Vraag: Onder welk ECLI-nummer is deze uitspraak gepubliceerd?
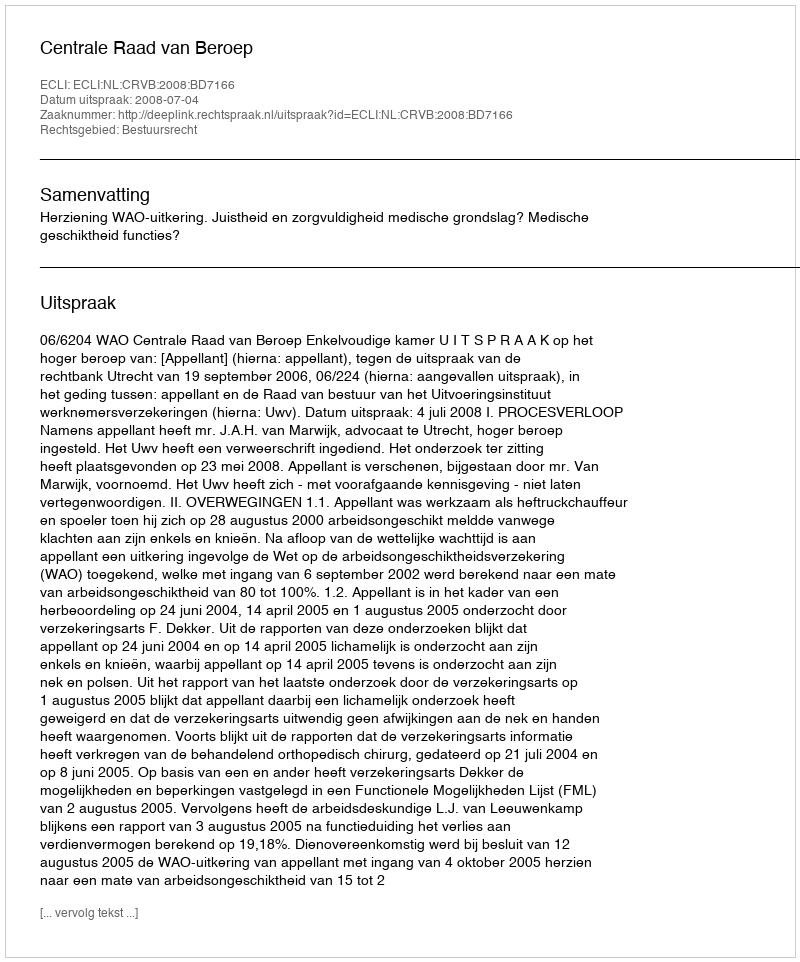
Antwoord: ECLI:NL:CRVB:2008:BD7166